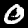
Label: 0